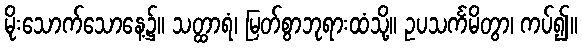
မိုးသောက်သောနေ့၌။ သတ္ထာရံ၊ မြတ်စွာဘုရားထံသို့။ ဥပသင်္ကမိတွာ၊ ကပ်၍။